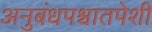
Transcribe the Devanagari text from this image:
अनुबंधपश्चातपेशी